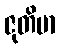
ဇုတိမာ